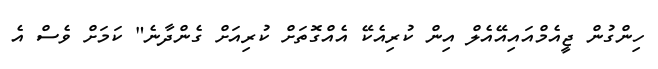
ހިންގުން ޖީއެމްއައިއޭއެލް އިން ކުރިއެކޭ އެއްގޮތަށް ކުރިއަށް ގެންދާނެ" ކަމަށް ވެސް އެ